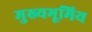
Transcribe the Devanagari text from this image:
मुख्यभूमिय